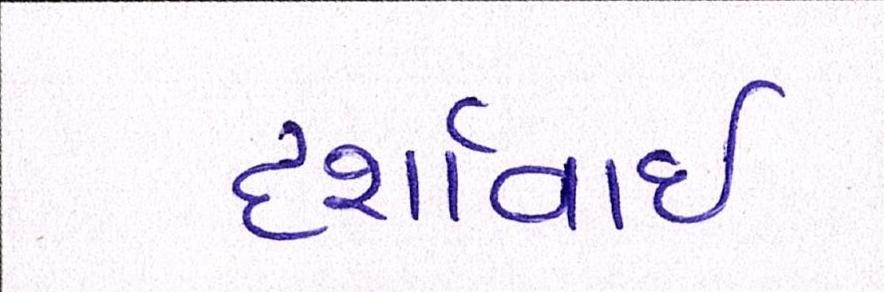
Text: દર્શાવાઈ